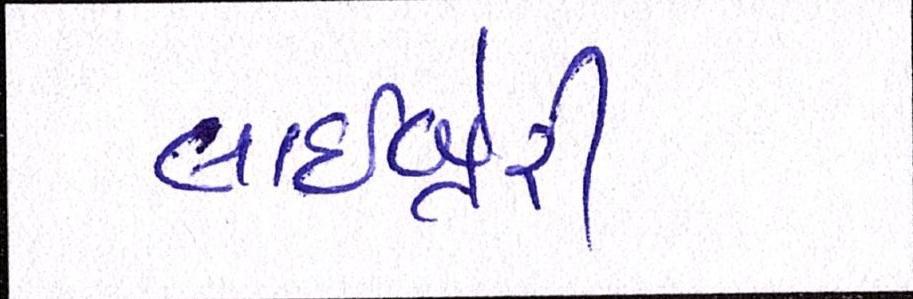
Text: લાઇબ્રેરી